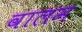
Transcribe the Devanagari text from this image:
वालम